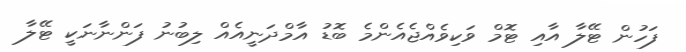
ފަހުން ޓޭލާ އާއި ޓޮމް ވަކިވެއްޖެއެންމެ ބޮޑު އާމްދަނީއެއް ލިބުނު ފަންނާނަކީ ޓޭލާ